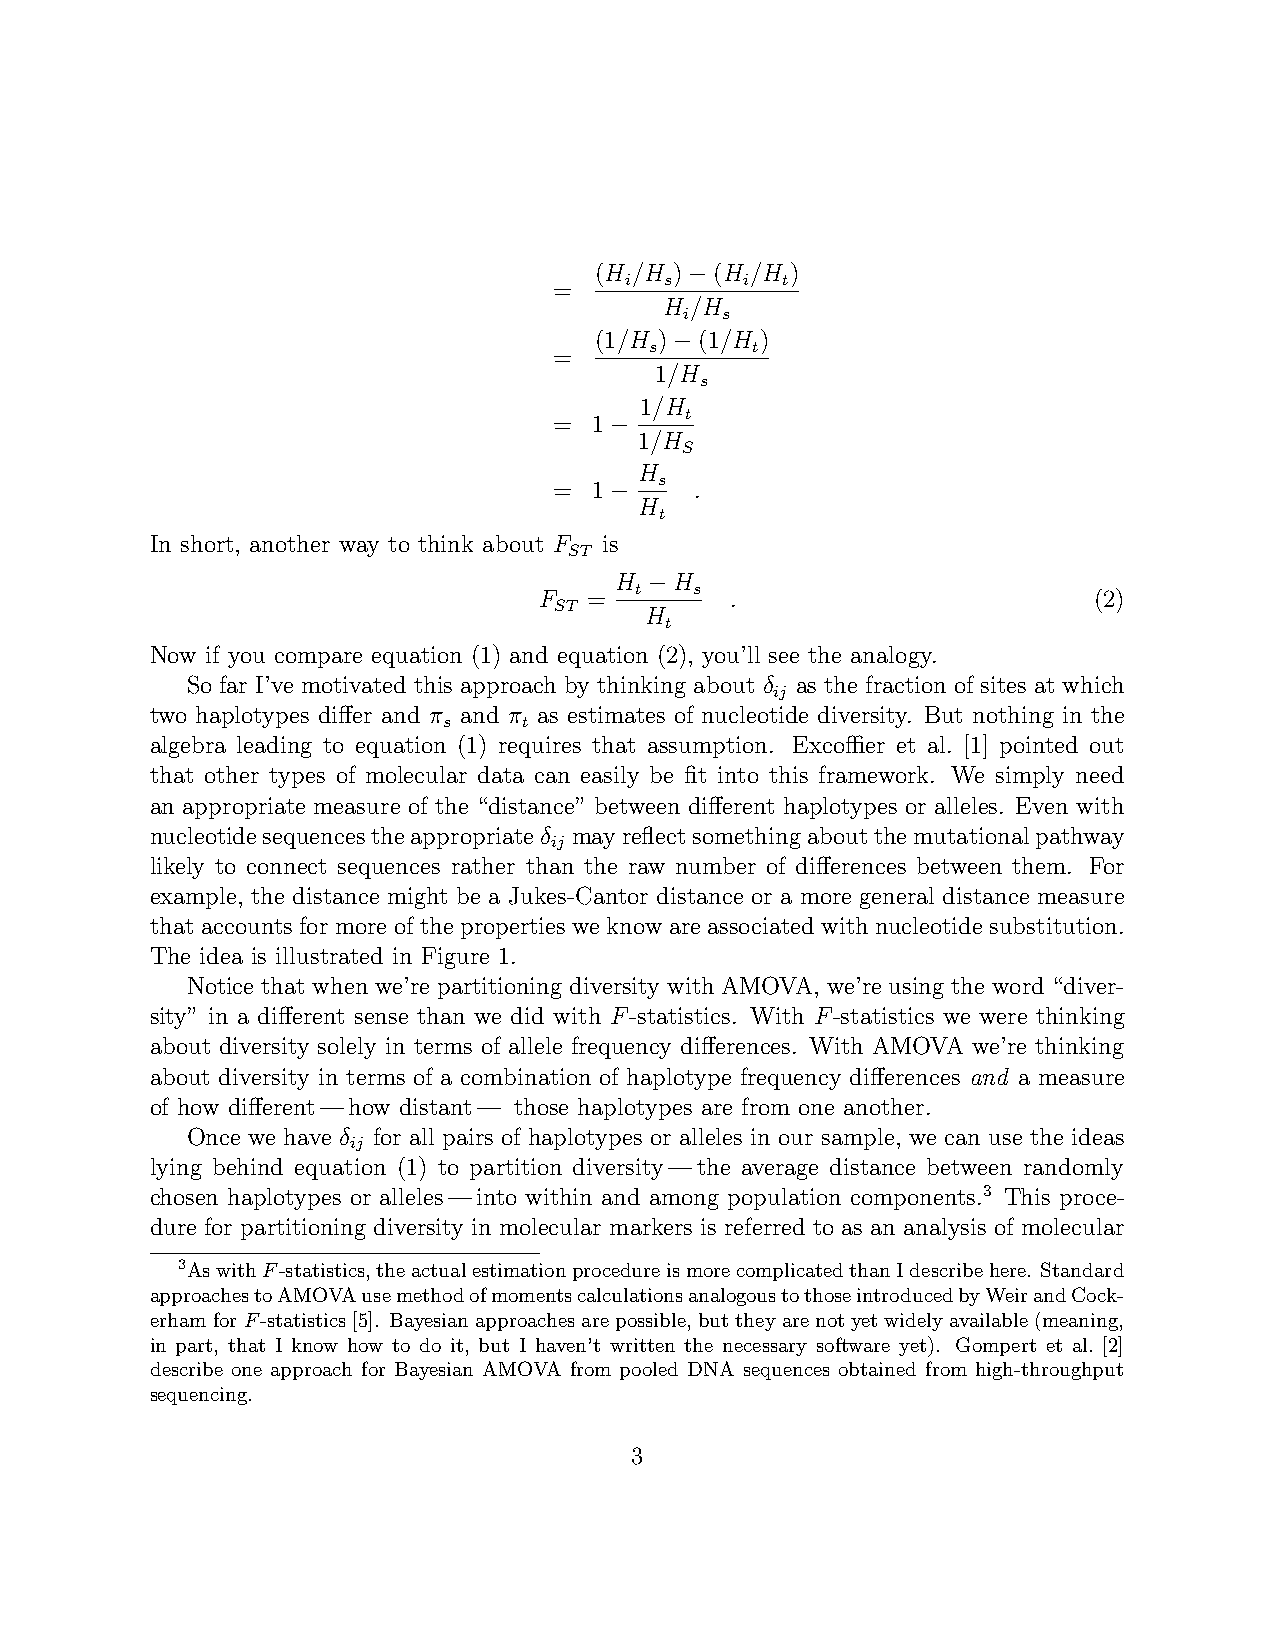
(H /H )−(H /H )
 i  s    i  t
 =
 H /H
 i  s
 (1/H )−(1/H )
 s      t
 =
 1/H
 s
 1/H
 t
 = 1−
 1/H
 S
 H
 s
 = 1−     .
 H
 t
 In short, another way to think about F is
 ST
 H −H
 t   s
 F  =        .                       (2)
 ST
 H
 t
 Now if you compare equation (1) and equation (2), you’ll see the analogy.
 So far I’ve motivated this approach by thinking about δ as the fraction of sites at which
 ij
 two haplotypes differ and π and π as estimates of nucleotide diversity. But nothing in the
 s     t
 algebra leading to equation (1) requires that assumption. Excoffier et al. [1] pointed out
 that other types of molecular data can easily be fit into this framework. We simply need
 an appropriate measure of the “distance” between different haplotypes or alleles. Even with
 nucleotidesequencestheappropriateδ mayreflectsomethingaboutthemutationalpathway
 ij
 likely to connect sequences rather than the raw number of differences between them. For
 example, the distance might be a Jukes-Cantor distance or a more general distance measure
 that accounts for more of the properties we know are associated with nucleotide substitution.
 The idea is illustrated in Figure 1.
 Notice that when we’re partitioning diversity with AMOVA, we’re using the word “diver-
 sity” in a different sense than we did with F-statistics. With F-statistics we were thinking
 about diversity solely in terms of allele frequency differences. With AMOVA we’re thinking
 about diversity in terms of a combination of haplotype frequency differences and a measure
 of how different—how distant— those haplotypes are from one another.
 Once we have δ for all pairs of haplotypes or alleles in our sample, we can use the ideas
 ij
 lying behind equation (1) to partition diversity—the average distance between randomly
 chosen haplotypes or alleles—into within and among population components.3 This proce-
 dure for partitioning diversity in molecular markers is referred to as an analysis of molecular
 3AswithF-statistics,theactualestimationprocedureismorecomplicatedthanIdescribehere. Standard
 approachestoAMOVAusemethodofmomentscalculationsanalogoustothoseintroducedbyWeirandCock-
 erhamforF-statistics[5]. Bayesianapproachesarepossible, buttheyarenotyetwidelyavailable(meaning,
 in part, that I know how to do it, but I haven’t written the necessary software yet). Gompert et al. [2]
 describe one approach for Bayesian AMOVA from pooled DNA sequences obtained from high-throughput
 sequencing.
 3